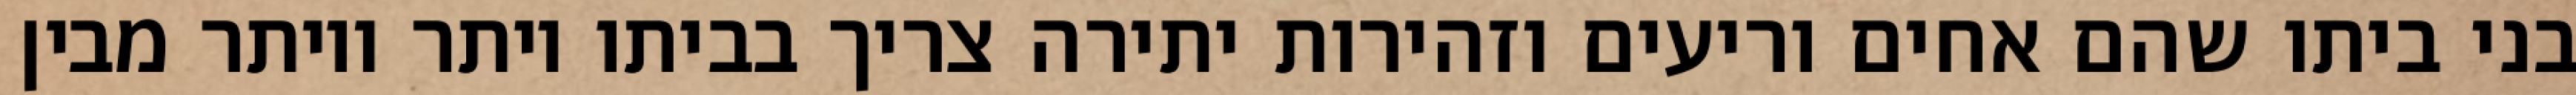
בני ביתו שהם אחים וריעים וזהירות יתירה צריך בביתו יותר ויותר מבין